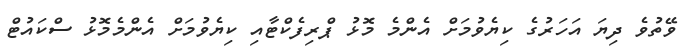
ވޭތުވެ ދިޔަ އަހަރުގެ ކިޔެވުމަށް އެންމެ މޮޅު ޕްރިފެކްޓާއި ކިޔެވުމަށް އެންމެމޮޅު ސްކައުޓް